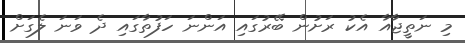
މި ނަތީޖާއާ އެކު ރަށުން ބޭރުގައި އަންނަ ހަފުތާގައި ދެ ވަނަ ލެގަށް